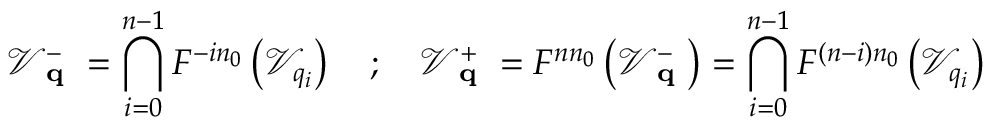
\mathcal { V } _ { \textbf { q } } ^ { - } = \bigcap _ { i = 0 } ^ { n - 1 } F ^ { - i n _ { 0 } } \left( \mathcal { V } _ { q _ { i } } \right) \quad ; \quad \mathcal { V } _ { \textbf { q } } ^ { + } = F ^ { n n _ { 0 } } \left( \mathcal { V } _ { \textbf { q } } ^ { - } \right) = \bigcap _ { i = 0 } ^ { n - 1 } F ^ { ( n - i ) n _ { 0 } } \left( \mathcal { V } _ { q _ { i } } \right)